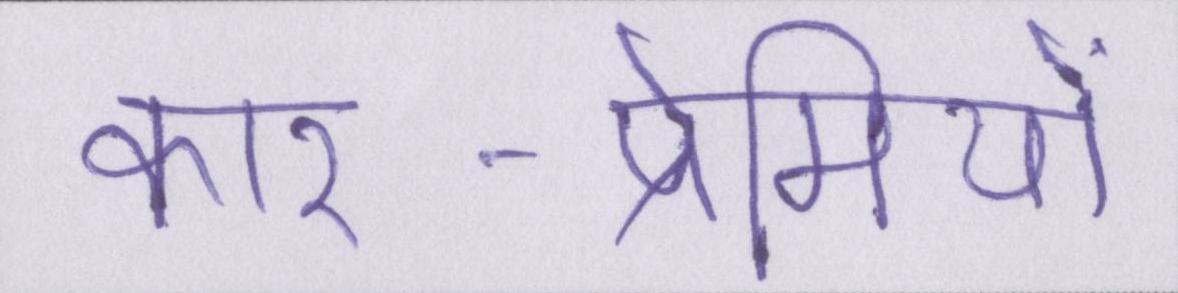
कार-प्रेमियों